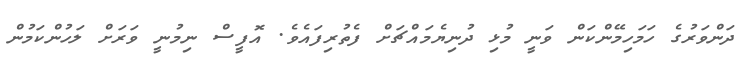
ދަންވަރުގެ ހަމަހިމޭންކަން ވަނީ މުޅި ދުނިޔެމައްޗަށް ފެތުރިފައެވެ. އޮފީސް ނިމުނީ ވަރަށް ލަހުންކަމުން